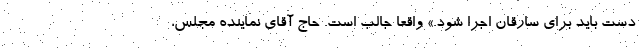
دست باید برای سارقان اجرا شود.» واقعا جالب است. حاج آقای نماینده مجلس،